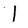
Character: I